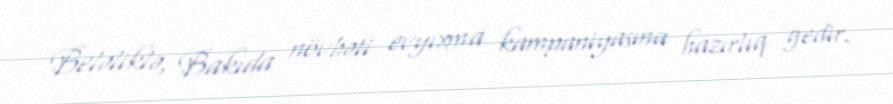
Beləliklə, Bakıda növbəti evyıxma kampaniyasına hazırlıq gedir.